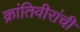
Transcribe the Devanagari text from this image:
क्रांतिवीरांची